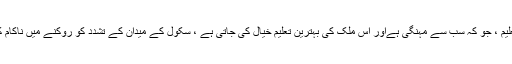
کیوں لبرل نجی تعلیم ، جو کہ سب سے مہنگی ہےاور اس ملک کی بہترین تعلیم خیال کی جاتی ہے ، سکول کے میدان کے تشدد کو روکنے میں ناکام کیوں ہو رہی ہے؟